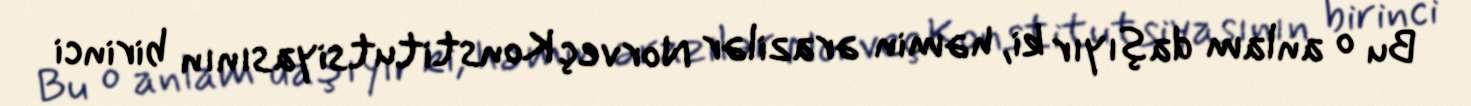
Bu o anlam daşıyır ki, həmin ərazilər Norveç Konstitutsiyasının birinci